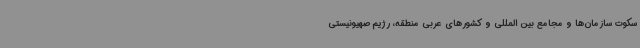
سکوت سازمان‌ها و مجامع بین المللی و کشورهای عربی منطقه، رژیم صهیونیستی